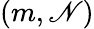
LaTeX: (m,\mathscr{N})